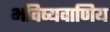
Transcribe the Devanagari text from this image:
भविष्यवाणिय